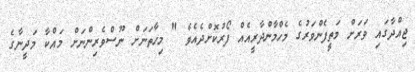
ޖިއްދާގައި ވަރަށް މަތީފެންވަރުގެ މެހްމާންދާރީއެއް ފޯރުކޮށްދެއެވެ " މިހާތަނަށް ނޫސްވެރިންނަށް މައްކާ މަދީނާގެ